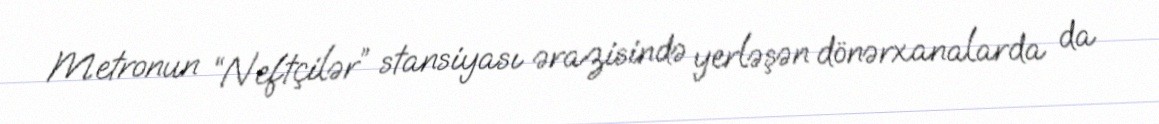
Metronun “Neftçilər” stansiyası ərazisində yerləşən dönərxanalarda da